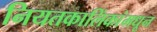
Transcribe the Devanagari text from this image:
नियतकालिंकांमधून